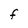
Character: F